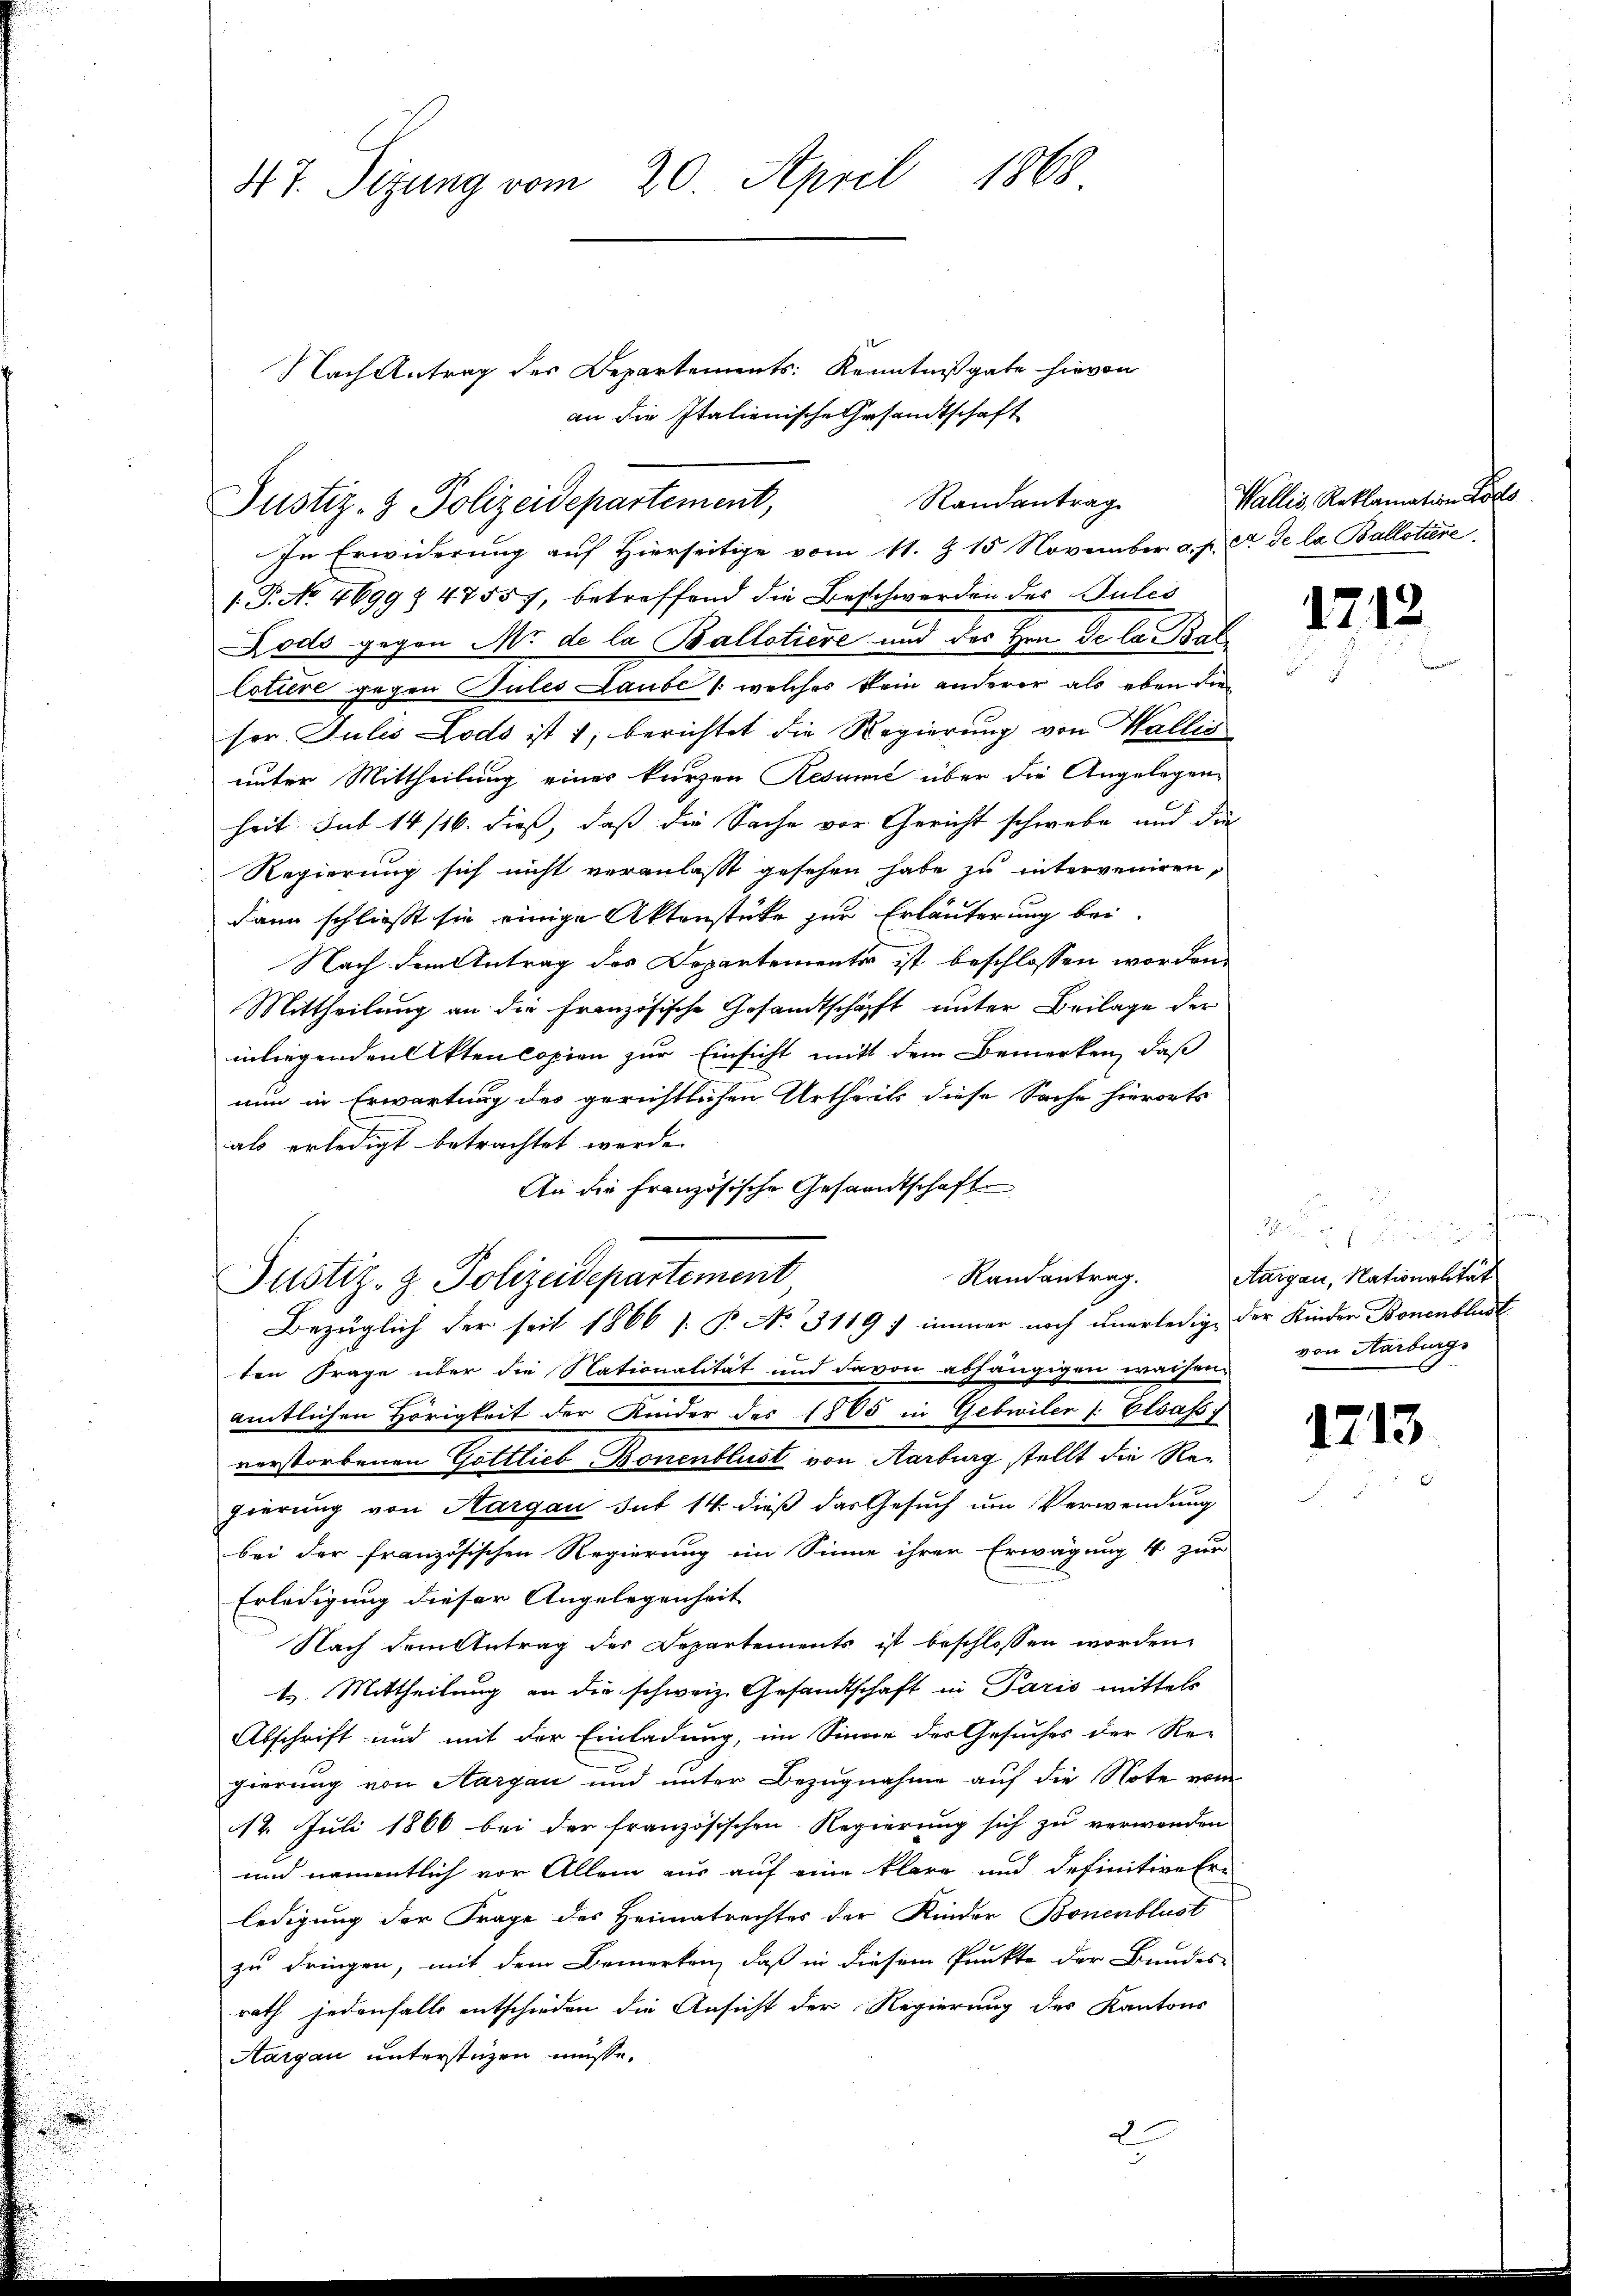
47. Sizung vom 20. April 1868

Nach Antrag des Departements Kenntnißgabe hievon
an die Italienische Gesandtschaft
In Erwiderung auf Hierseitige vom 11. Z. 15 November a. p. et de la Ballotire
1.P. No. 4699 § 47557, betreffend die Beschwerden der Sules
Lods gegen M. de la Ballotiere und des Hrn. De la Bal¬
Cotiere gegen Jules Laube /: welches kein anderer als eben die
sor. Julis Lods ist 1, berichtet die Regierung von Wallis
unter Mittheilung eines kurzen Resumić über die Angelegenheit sub 14/16. dieß, daß die Sache vor Gericht schwebe und die
Regierung sich nicht veranlasst gesehen habe zu interveniren,
dann schließt sie einige Aktenstüke zur Erläuterung bei
Nach dem Antrag des Departementes ist beschlossen worden,
Mittheilung an die Französische Gesandtschäft unter Beilage der
inliegenden Akten Copien zur Einsicht mit dem Bemerken, daß
nun in Erwartung des gerichtlichen Urtheils diese Sache hierorts
als erledigt betrachtet werde.
An die französische Gesandtschaft
Randantrag.
Justiz- & Polizeidepartement
Bezüglich der seit 1866 [: P. No. 3119 : immer noch unerledige der Kinder Bonenblust
ten Frage über die Nationalität und davon abhängigen waisen den Verbing-
amtlichen Hörigkeit der Kinder des 1805 in Gebwiler (: Elsass
verstorbenen Gottlieb Bonenblust von Aarburg stellt die Regierung von Aargau Sut 14 dieß das Gesuch um Verwendung
bei der französischen Regierung im Sinne ihrer Erwägung 4 zur
Erledigung dieser Angelegenheit
Nach dem Antrag der Departements ist beschlossen worden,
4. Mittheilung an die schweiz. Gesandtschaft in Paris mittels
Abschrift und mit der Einladung, im Sinne des Gesuches der Re-
gierung von Aargau und unter Bezugnahme auf die Note vom
12. Juli 1866 bei der französischen Regierung sich zu verwenden
und namentlich vor Allem aus auf eine klare und definitive Er-
ledigung der Frage des Heimatrechtes der Kinder Bonenblust
zu dringen, mit dem Bemerken, daß in diesem Punkte der Bundes-
rath jedenfalls entschieden die Ansicht der Regierung des Kantons
Aargau unterstüzen müsse.

Justiz- & Polizeidepartement,

Randantrag

.

Wallis, Reklamation des

1712

du es
Aargau, Nationalität

1713